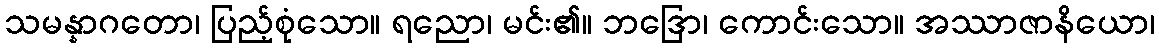
သမန္နာဂတော၊ ပြည့်စုံသော။ ရညော၊ မင်း၏။ ဘဒြော၊ ကောင်းသော။ အဿာဇာနိယော၊